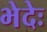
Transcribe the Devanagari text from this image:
भेदेः